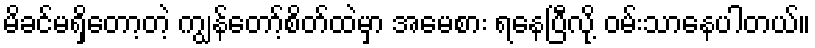
မိခင်မရှိတော့တဲ့ ကျွန်တော့်စိတ်ထဲမှာ အမေစား ရနေပြီလို့ ဝမ်းသာနေပါတယ်။